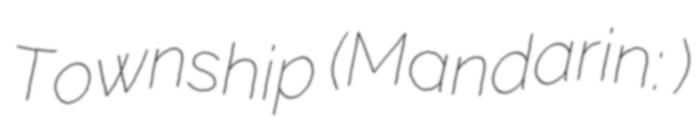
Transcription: Township (Mandarin: 柯生乡)